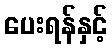
ပေးရန်နှင့်